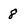
Character: 8